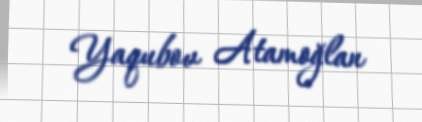
Yaqubov Atamoğlan